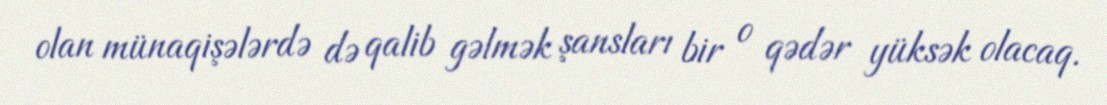
olan münaqişələrdə də qalib gəlmək şansları bir o qədər yüksək olacaq.